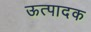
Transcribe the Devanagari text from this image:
ऊत्पादक